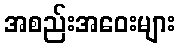
အစည်းအဝေးများ